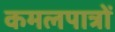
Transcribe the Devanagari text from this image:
कमलपात्रों